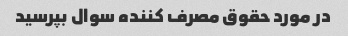
در مورد حقوق مصرف کننده سوال بپرسید